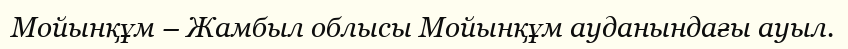
Мойынқұм – Жамбыл облысы Мойынқұм ауданындағы ауыл.